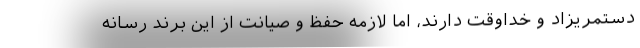
دستمریزاد و خداوقت دارند، اما لازمه حفظ و صیانت از این برند رسانه